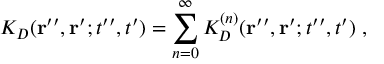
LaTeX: K _ { D } ( { \bf r } ^ { \prime \prime } , { \bf r } ^ { \prime } ; t ^ { \prime \prime } , t ^ { \prime } ) = \sum _ { n = 0 } ^ { \infty } K _ { D } ^ { ( n ) } ( { \bf r } ^ { \prime \prime } , { \bf r } ^ { \prime } ; t ^ { \prime \prime } , t ^ { \prime } ) \; ,